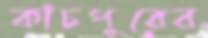
কাঁচপুরের